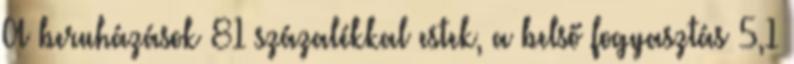
A beruházások 81 százalékkal estek, a belső fogyasztás 5,1